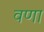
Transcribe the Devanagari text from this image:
वणा